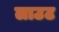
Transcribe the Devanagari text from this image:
लाउट